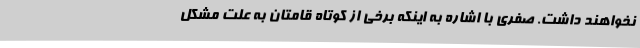
نخواهند داشت. صفری با اشاره به اینکه برخی از کوتاه قامتان به علت مشکل